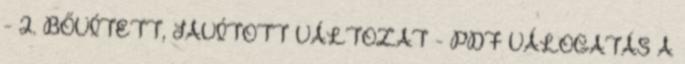
- 2. BŐVÍTETT, JAVÍTOTT VÁLTOZAT - PDF VÁLOGATÁS A